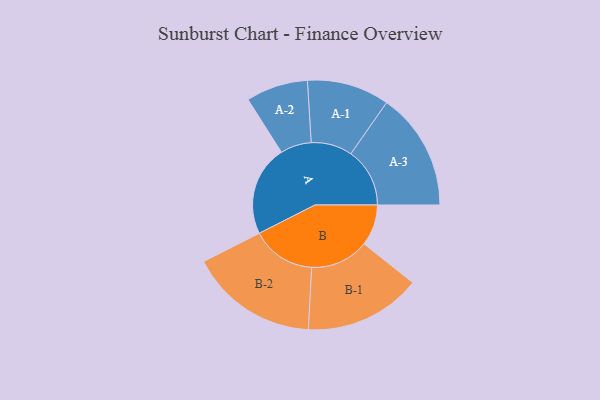
{"axis": {"x": "Segment", "y": "Value"}, "legend": ["", "A", "B"], "data": [{"x": "A", "y": 356, "type": ""}, {"x": "B", "y": 162, "type": ""}, {"x": "A-1", "y": 162, "type": "A"}, {"x": "A-2", "y": 122, "type": "A"}, {"x": "A-3", "y": 232, "type": "A"}, {"x": "B-1", "y": 230, "type": "B"}, {"x": "B-2", "y": 253, "type": "B"}]}